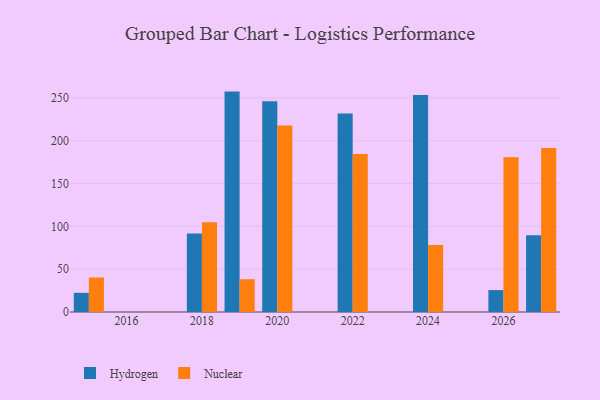
{"axis": {"x": "Year", "y": "Churn Rate (%)"}, "legend": ["Hydrogen", "Nuclear"], "data": [{"x": "2019", "y": 257.4, "type": "Hydrogen"}, {"x": "2019", "y": 38.3, "type": "Nuclear"}, {"x": "2020", "y": 246.0, "type": "Hydrogen"}, {"x": "2020", "y": 217.9, "type": "Nuclear"}, {"x": "2015", "y": 22.4, "type": "Hydrogen"}, {"x": "2015", "y": 40.3, "type": "Nuclear"}, {"x": "2026", "y": 25.6, "type": "Hydrogen"}, {"x": "2026", "y": 180.6, "type": "Nuclear"}, {"x": "2022", "y": 231.7, "type": "Hydrogen"}, {"x": "2022", "y": 184.4, "type": "Nuclear"}, {"x": "2027", "y": 89.6, "type": "Hydrogen"}, {"x": "2027", "y": 191.5, "type": "Nuclear"}, {"x": "2018", "y": 91.8, "type": "Hydrogen"}, {"x": "2018", "y": 104.8, "type": "Nuclear"}, {"x": "2024", "y": 253.3, "type": "Hydrogen"}, {"x": "2024", "y": 78.2, "type": "Nuclear"}]}